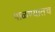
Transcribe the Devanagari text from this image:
पाळण्यातच